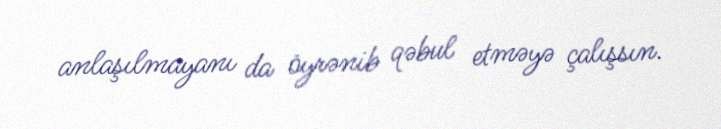
anlaşılmayanı da öyrənib qəbul etməyə çalışsın.